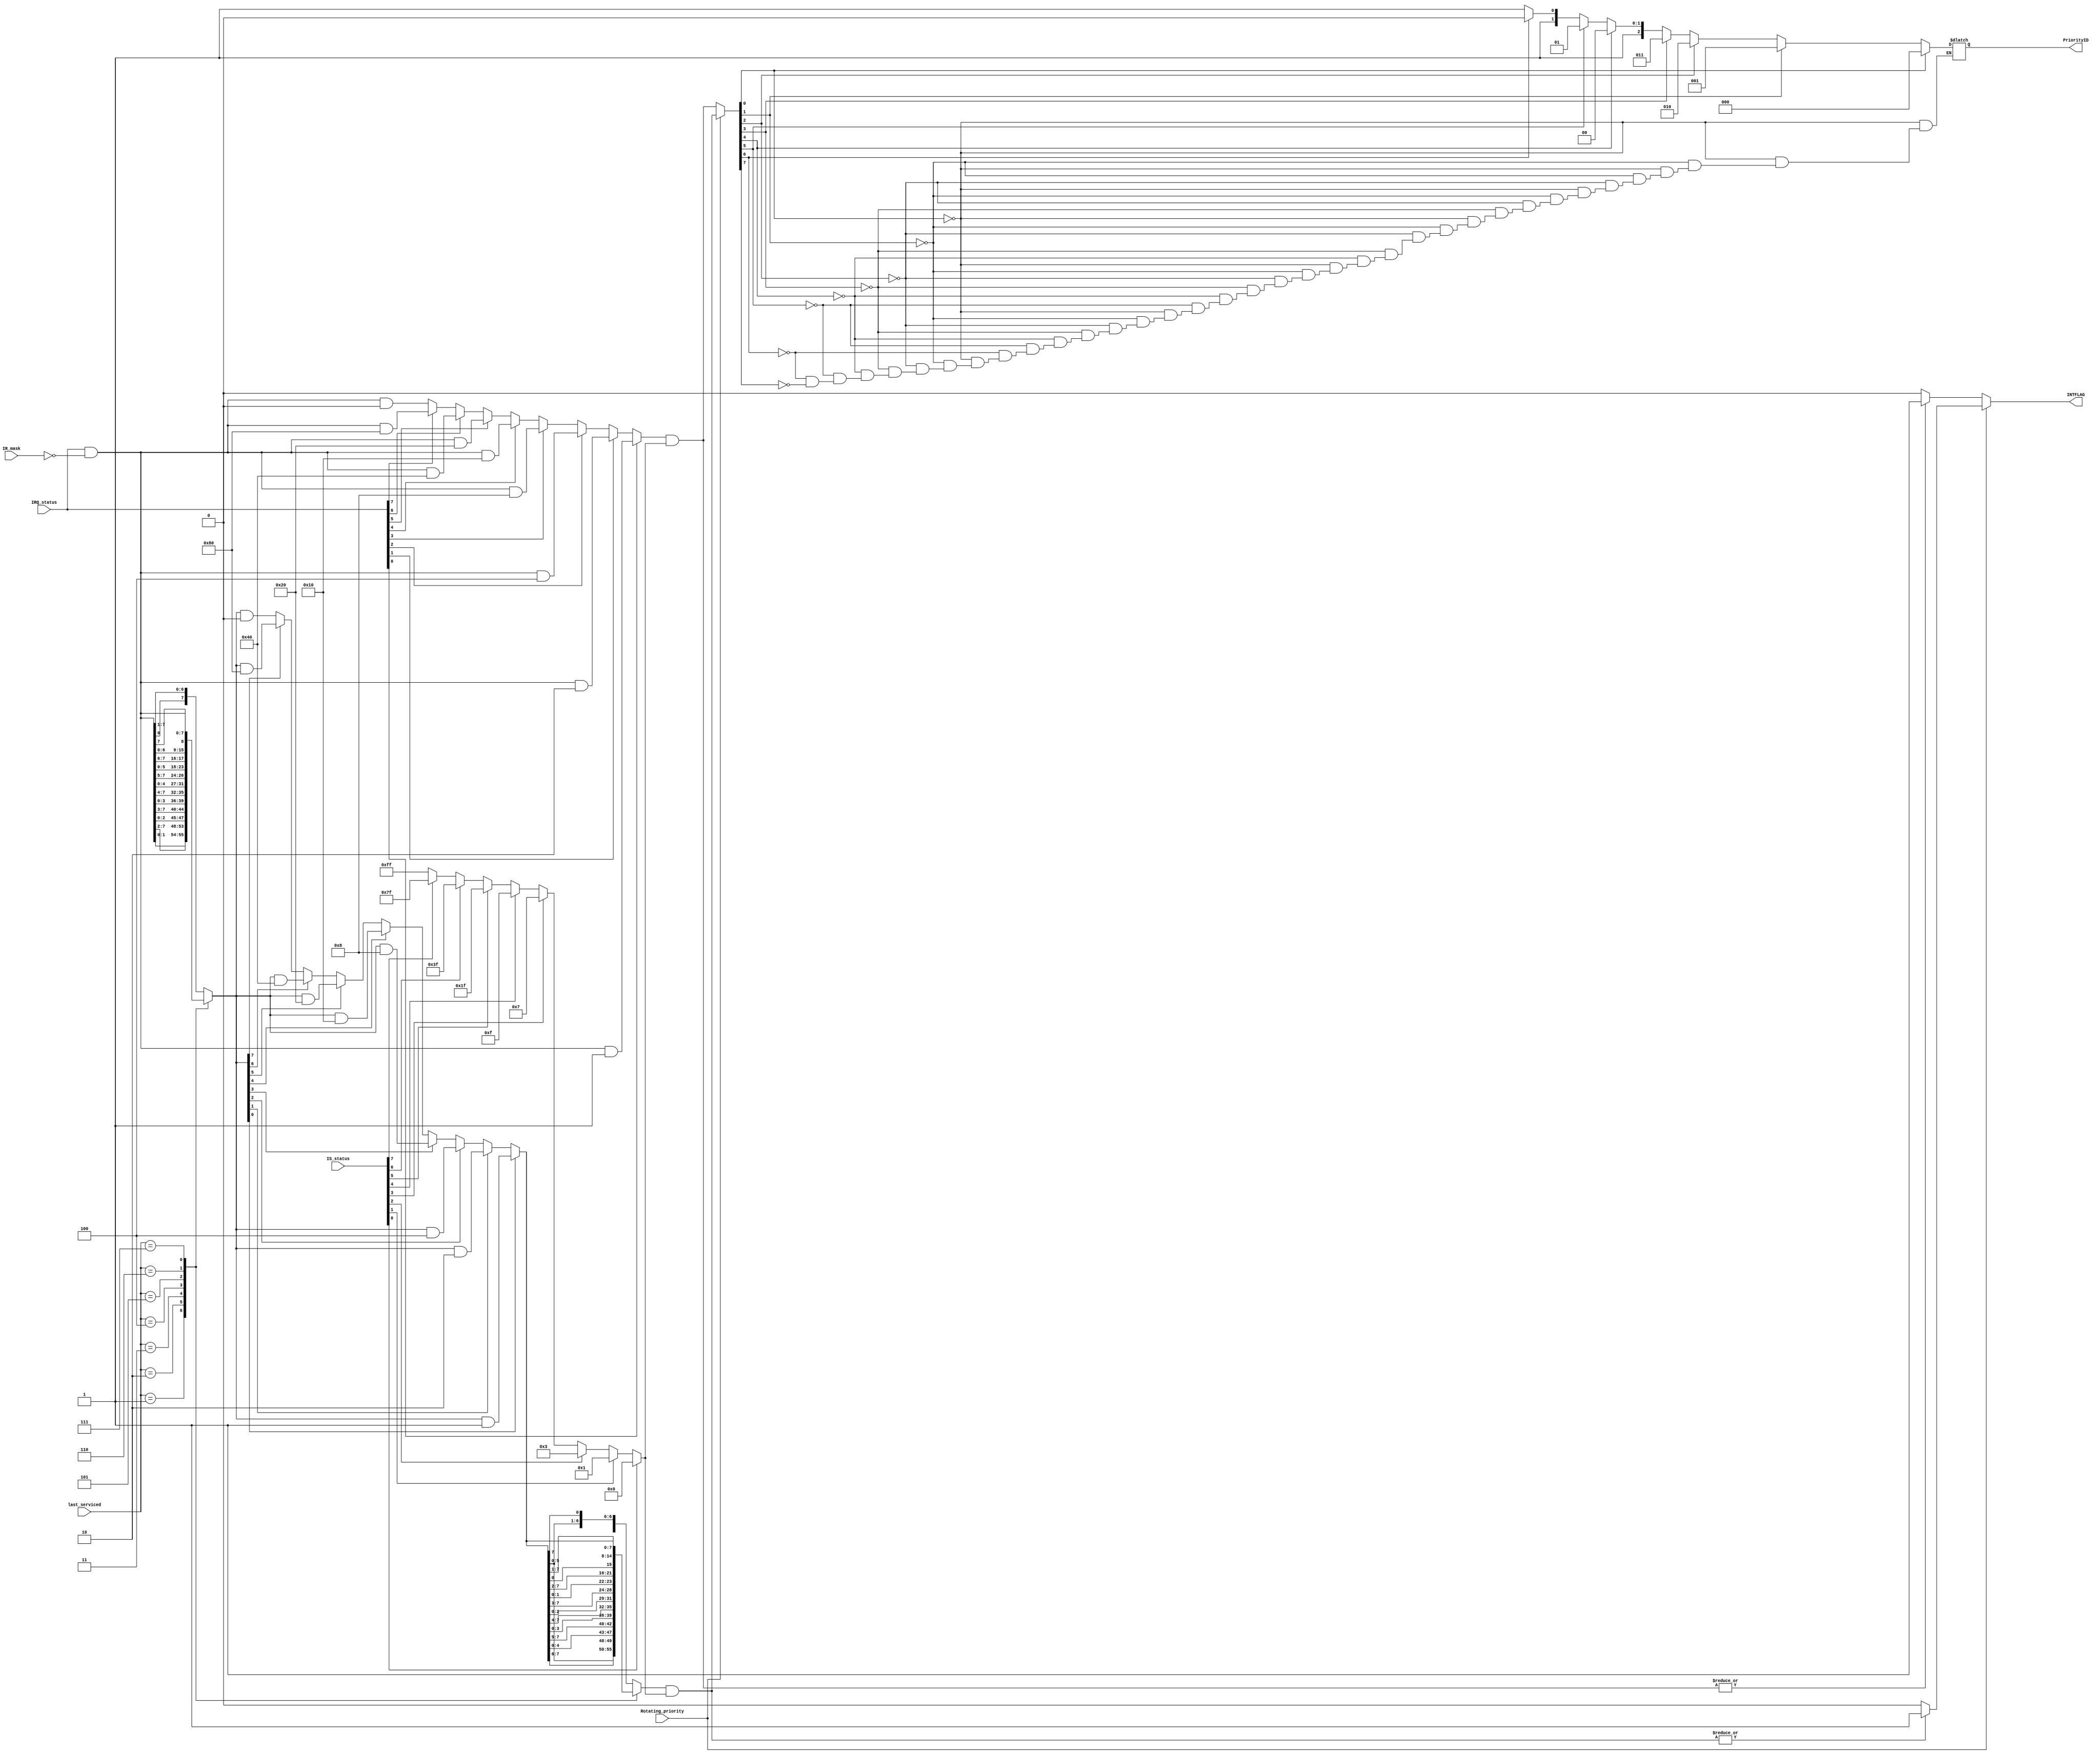
module Priority_Resolver
  (input wire [7:0]  IRQ_status, // Interrupt requests from IRR
   input wire [7:0]  IS_status,   //bits from ISR
   input wire [7:0]  IR_mask,    //Interrupt mask from OCW1 (from control)
   input wire        Rotating_priority ,  //1 for rotating and 0 for fully nested
   input wire [2:0]  last_serviced,       //the last serviced priority in ISR
   output reg [2:0] PriorityID,  //Selected Priority given to cascade and ISR and control
   output reg       INTFLAG      //interrupt flag given to control
  );
  //declare useful variables
  wire [7:0] masked_IRQ;    // to to take into account interrupt mask that might come from control module
  reg [7:0] priority_reg = 8'b00000000;  // Register to store selected priority
  reg [7:0] rotated_priority = 8'b00000000;            //Register to store rotated priority
  reg [7:0] priority_mask = 8'b11111111;  // to take into account bits that are already set in ISR
  
  assign masked_IRQ = IRQ_status & ~IR_mask;
     always @* begin
        if      (IS_status[0] == 1'b1) priority_mask = 8'b00000000;
        else if (IS_status[1] == 1'b1) priority_mask = 8'b00000001;
        else if (IS_status[2] == 1'b1) priority_mask = 8'b00000011;
        else if (IS_status[3] == 1'b1) priority_mask = 8'b00000111;
        else if (IS_status[4] == 1'b1) priority_mask = 8'b00001111;
        else if (IS_status[5] == 1'b1) priority_mask = 8'b00011111;
        else if (IS_status[6] == 1'b1) priority_mask = 8'b00111111;
        else if (IS_status[7] == 1'b1) priority_mask = 8'b01111111;
        else                           priority_mask = 8'b11111111;
    end 
    
  always @(IRQ_status) begin
    //Rotating Priority mode
    if (Rotating_priority == 1'b1) begin 
          // Priority rotation logic
          case (last_serviced)
            3'b000:  rotated_priority = { masked_IRQ[0],   masked_IRQ[7:1] };
            3'b001:  rotated_priority = { masked_IRQ[1:0], masked_IRQ[7:2] };
            3'b010:  rotated_priority = { masked_IRQ[2:0], masked_IRQ[7:3] };
            3'b011:  rotated_priority = { masked_IRQ[3:0], masked_IRQ[7:4] };
            3'b100:  rotated_priority = { masked_IRQ[4:0], masked_IRQ[7:5] };
            3'b101:  rotated_priority = { masked_IRQ[5:0], masked_IRQ[7:6] };
            3'b110:  rotated_priority = { masked_IRQ[6:0], masked_IRQ[7]   };
            3'b111:  rotated_priority = masked_IRQ;    //if last priority serviced was also the lowest priority
            default: rotated_priority = masked_IRQ;         //by default priority is normal (not rotated)
          endcase
        
        //priority resolution logic
          if      (rotated_priority[0] == 1'b1)    priority_reg = rotated_priority & 8'b00000001;
          else if (rotated_priority[1] == 1'b1)    priority_reg = rotated_priority & 8'b00000010;
          else if (rotated_priority[2] == 1'b1)    priority_reg = rotated_priority & 8'b00000100;
          else if (rotated_priority[3] == 1'b1)    priority_reg = rotated_priority & 8'b00001000;
          else if (rotated_priority[4] == 1'b1)    priority_reg = rotated_priority & 8'b00010000;
          else if (rotated_priority[5] == 1'b1)    priority_reg = rotated_priority & 8'b00100000;
          else if (rotated_priority[6] == 1'b1)    priority_reg = rotated_priority & 8'b01000000;
          else if (rotated_priority[7] == 1'b1)    priority_reg = rotated_priority & 8'b10000000;
          else                               priority_reg = rotated_priority & 8'b00000000;
            
         //we need to return to normal unrotated output
         case (last_serviced)
            3'b000:  priority_reg = { priority_reg[6:0], priority_reg[7] };
            3'b001:  priority_reg = { priority_reg[5:0], priority_reg[7:6] };
            3'b010:  priority_reg = { priority_reg[4:0], priority_reg[7:5] };
            3'b011:  priority_reg = { priority_reg[3:0], priority_reg[7:4] };
            3'b100:  priority_reg = { priority_reg[2:0], priority_reg[7:3] };
            3'b101:  priority_reg = { priority_reg[1:0], priority_reg[7:2] };
            3'b110:  priority_reg = { priority_reg[0], priority_reg[7:1]   };
            3'b111:  priority_reg = priority_reg;    //if last priority serviced was also the lowest priority
            default: priority_reg = priority_reg;         //by default priority is normal (not rotated)
          endcase
   
        
      
            priority_reg = priority_reg & priority_mask;  
			
			if (|priority_reg == 1'b1)   //flag will fire only when an interrupt line wins
			   INTFLAG = 1'b1;
			else   
			   INTFLAG = 1'b0;
			   
    end else begin
    //Fully nested Mode
        // Priority resolution logic
          if      (IRQ_status[0] == 1'b1)    priority_reg = masked_IRQ & 8'b00000001;
          else if (IRQ_status[1] == 1'b1)    priority_reg = masked_IRQ & 8'b00000010;
          else if (IRQ_status[2] == 1'b1)    priority_reg = masked_IRQ & 8'b00000100;
          else if (IRQ_status[3] == 1'b1)    priority_reg = masked_IRQ & 8'b00001000;
          else if (IRQ_status[4] == 1'b1)    priority_reg = masked_IRQ & 8'b00010000;
          else if (IRQ_status[5] == 1'b1)    priority_reg = masked_IRQ & 8'b00100000;
          else if (IRQ_status[6] == 1'b1)    priority_reg = masked_IRQ & 8'b01000000;
          else if (IRQ_status[7] == 1'b1)    priority_reg = masked_IRQ & 8'b10000000;
          else                               priority_reg = masked_IRQ & 8'b00000000;
            
          priority_reg = priority_reg & priority_mask;
		  
		  if (|priority_reg == 1'b1)   //flag will fire only when an interrupt line wins
			   INTFLAG = 1'b1;
		  else   
			   INTFLAG = 1'b0;
        
            
        end
        
		//convert selected priority into an ID for use in cascade and ISR
            if      (priority_reg[0] == 1'b1) PriorityID = 3'b000;
            else if (priority_reg[1] == 1'b1) PriorityID = 3'b001;
            else if (priority_reg[2] == 1'b1) PriorityID = 3'b010;
            else if (priority_reg[3] == 1'b1) PriorityID = 3'b011;
            else if (priority_reg[4] == 1'b1) PriorityID = 3'b100;
            else if (priority_reg[5] == 1'b1) PriorityID = 3'b101;
            else if (priority_reg[6] == 1'b1) PriorityID = 3'b110;
            else if (priority_reg[7] == 1'b1) PriorityID = 3'b111;
            else begin end
      
  end
endmodule